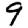
Digit: 9